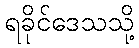
ရခိုင်ဒေသသို့